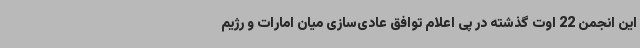
این انجمن 22 اوت گذشته در پی اعلام توافق عادی‌سازی میان امارات و رژیم